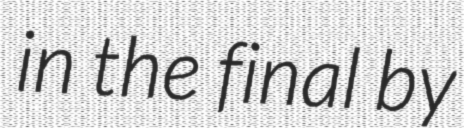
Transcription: in the final by